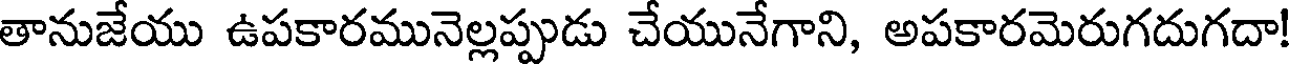
తానుజేయు ఉపకారమునెల్లప్పుడు చేయునేగాని, అపకారమెరుగదుగదా!